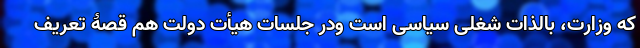
که وزارت، بالذات شغلی سیاسی است ودر جلسات هیأت دولت هم قصۀ تعریف